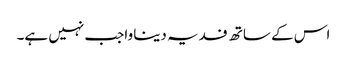
اس کے ساتھ فدیہ دینا واجب نہیں ہے۔